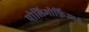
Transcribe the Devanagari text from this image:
पोलिमोर्फ़िज्मसे